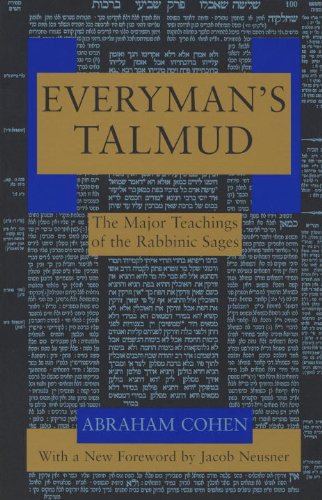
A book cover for Everyman's Talmud: The Major Teachings of the Rabbinic Sages; Abraham Cohen; Religion & Spirituality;